Document type: Sale
Year: 1461
Scribe: [Unknown]
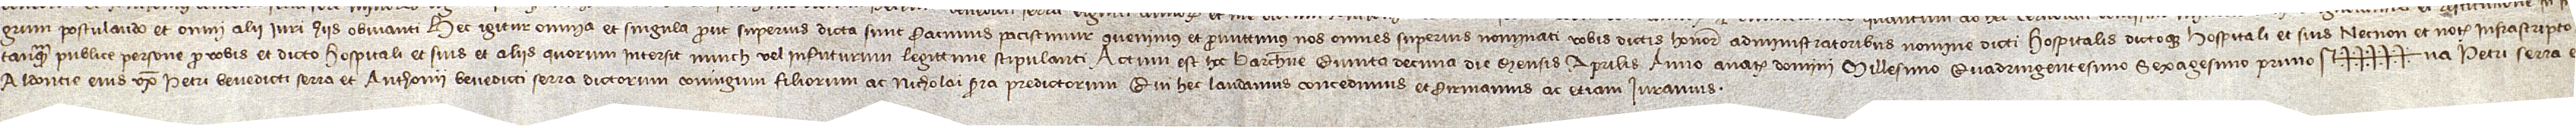
grum postulando, et omni alii iuri hiis obvianti. Hec igitur omnia et singula prout superius dicta sunt facimus, paciscimur, convenimus et promittimus nos omnes superius nominati vobis dictis honorabilibus administratoribus nomine dicti hospitalis dictoque hospitali et suis necnon et notario infrascripto